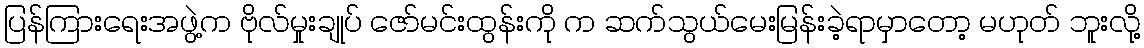
ပြန်ကြားရေးအဖွဲ့က ဗိုလ်မှုးချုပ် ဇော်မင်းထွန်းကို က ဆက်သွယ်မေးမြန်းခဲ့ရာမှာတော့ မဟုတ် ဘူးလို့